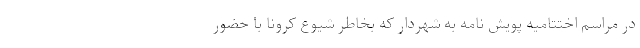
در مراسم اختتامیه پویش نامه به شهردار که بخاطر شیوع کرونا با حضور